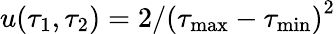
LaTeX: u(\tau_{1},\tau_{2})=2/\left(\tau_{\mathrm{max}}-\tau_{\mathrm{min}}\right)^{2}